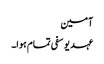
آمین
عہد یوسفی تمام ہوا۔